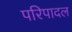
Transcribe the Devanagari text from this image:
परिपादल